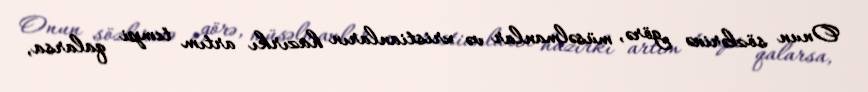
Onun sözlərinə görə, müsəlmanlar və xristianların hazırkı artım tempi qalarsa,